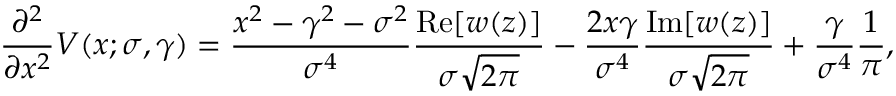
{ \frac { \partial ^ { 2 } } { \partial x ^ { 2 } } } V ( x ; \sigma , \gamma ) = { \frac { x ^ { 2 } - \gamma ^ { 2 } - \sigma ^ { 2 } } { \sigma ^ { 4 } } } { \frac { \operatorname { R e } [ w ( z ) ] } { \sigma { \sqrt { 2 \pi } } } } - { \frac { 2 x \gamma } { \sigma ^ { 4 } } } { \frac { \operatorname { I m } [ w ( z ) ] } { \sigma { \sqrt { 2 \pi } } } } + { \frac { \gamma } { \sigma ^ { 4 } } } { \frac { 1 } { \pi } } ,